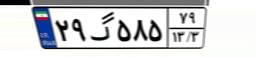
۲۹گ۵۸۵۷۹